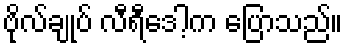
ဗိုလ်ချုပ် လီရီဒေါ့က ပြောသည်။